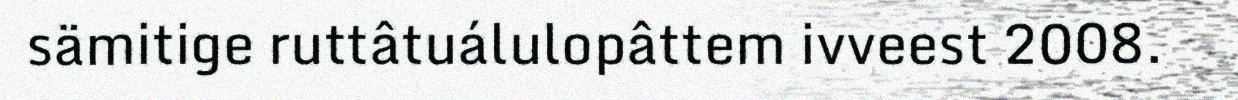
sämitige ruttâtuálulopâttem ivveest 2008.